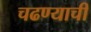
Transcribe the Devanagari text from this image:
चढण्याची